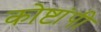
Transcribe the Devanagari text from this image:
कोष्टांपी